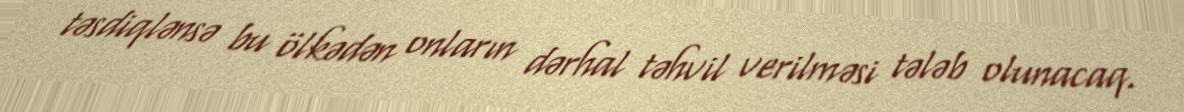
təsdiqlənsə bu ölkədən onların dərhal təhvil verilməsi tələb olunacaq.